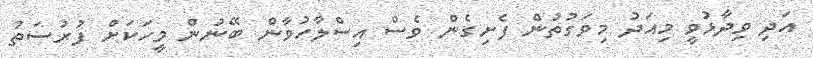
އަދި ވިދާޅުވީ މިއަދު މިވަގުތުން ފެށިގެން ވެސް އިސްލާހުވާން ބޭނުން މީހަކަށް ފުރުސަތު